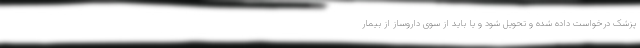
پزشک درخواست داده شده و تحویل شود و یا باید از سوی داروساز از بیمار